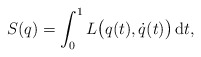
\begin{gather*} S (q) = \int _0 ^1 L \bigl( q (t) , \dot{q} (t) \bigr) \,\mathrm{d}t , \end{gather*}